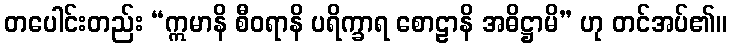
တပေါင်းတည်း “ဣမာနိ စီဝရာနိ ပရိက္ခာရ စောဠာနိ အဓိဋ္ဌာမိ” ဟု တင်အပ်၏။